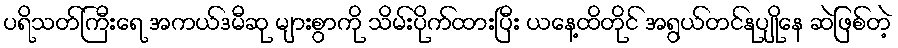
ပရိသတ်ကြီးရေ အကယ်ဒမီဆု များစွာကို သိမ်းပိုက်ထားပြီး ယနေ့ထိတိုင် အရွယ်တင်နုပျိုနေ ဆဲဖြစ်တဲ့